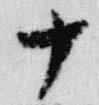
十